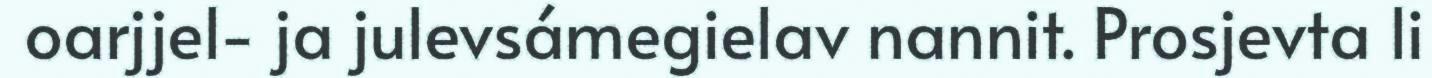
oarjjel- ja julevsámegielav nannit. Prosjevta li